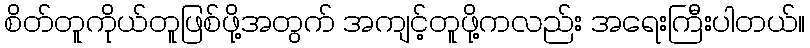
စိတ်တူကိုယ်တူဖြစ်ဖို့အတွက် အကျင့်တူဖို့ကလည်း အရေးကြီးပါတယ်။